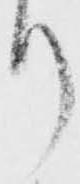
り